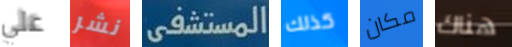
علي نشر المستشفى كذلك مكان هناك